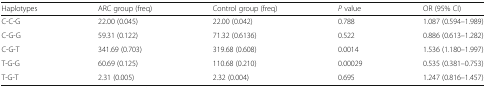
<table><thead><tr><td><b>Haplotypes</b></td><td><b>ARC group (freq)</b></td><td><b>Control group (freq)</b></td><td><b><i>P</i> value</b></td><td><b>OR (95% CI)</b></td></tr></thead><tbody><tr><td>C-C-G</td><td>22.00 (0.045)</td><td>22.00 (0.042)</td><td>0.788</td><td>1.087 (0.594–1.989)</td></tr><tr><td>C-G-G</td><td>59.31 (0.122)</td><td>71.32 (0.6136)</td><td>0.522</td><td>0.886 (0.613–1.282)</td></tr><tr><td>C-G-T</td><td>341.69 (0.703)</td><td>319.68 (0.608)</td><td>0.0014</td><td>1.536 (1.180–1.997)</td></tr><tr><td>T-G-G</td><td>60.69 (0.125)</td><td>110.68 (0.210)</td><td>0.00029</td><td>0.535 (0.381–0.753)</td></tr><tr><td>T-G-T</td><td>2.31 (0.005)</td><td>2.32 (0.004)</td><td>0.695</td><td>1.247 (0.816–1.457)</td></tr></tbody></table>